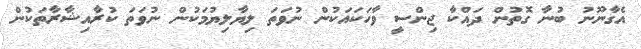
އެގާނޫނު ބުނާ ގޮތުން ދައްކާ ޖިންސީ ވާހަކައަކުން ނުވަތަ ލިޔާލިޔުމަކުން ނުވަތަ ކުރާއިޝާރާތަކުން